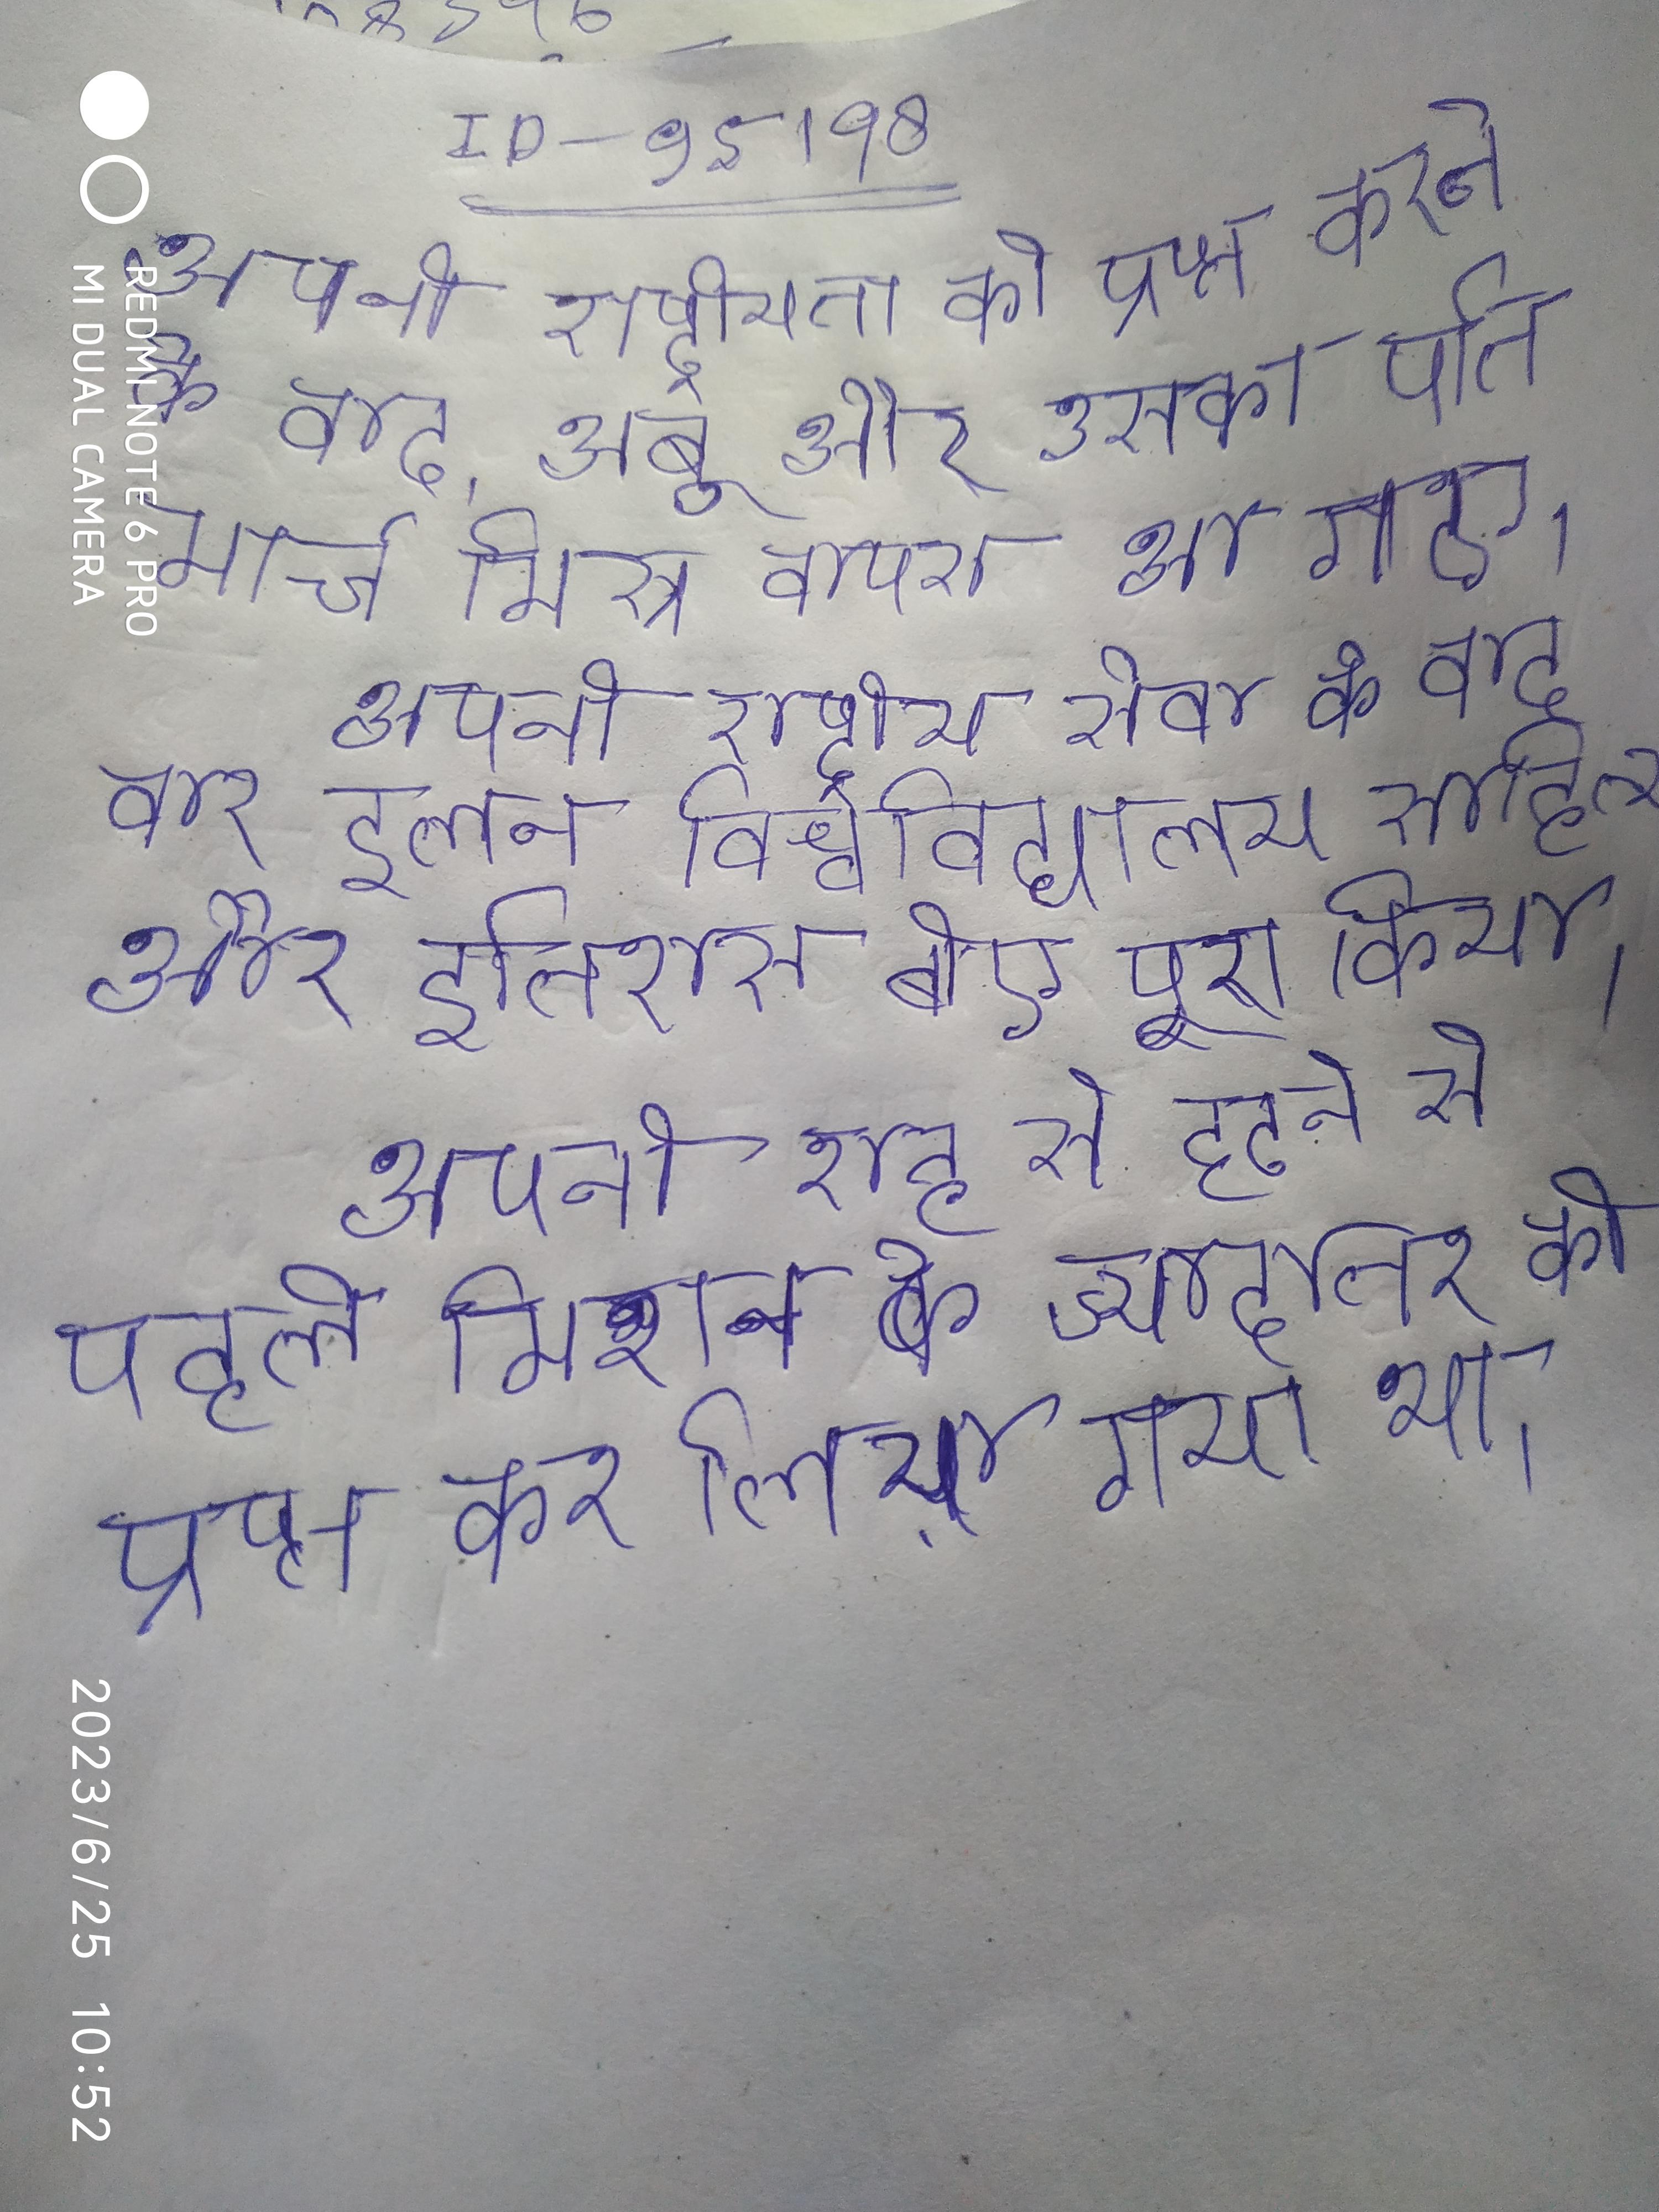
अपनी राष्ट्रीयता को प्राप्त करने के बाद, अबू और उसका पति मार्च मिस्र वापस आ गए । अपनी राष्ट्रीय सेवा के बाद बार इलन विश्वविद्यालय साहित्य और इतिहास बीए पूरा किया । अपनी राह से हटने से पहले मिशन के ज्यादातर को प्राप्त कर लिया गया था ।